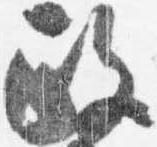
政